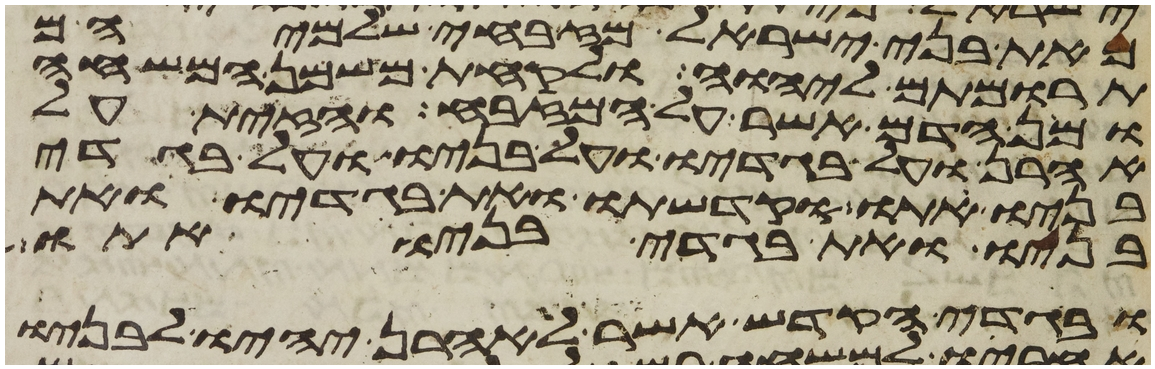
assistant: מאת בני ישראל מזבחי שלמיהם
תרומתם ליהוה ולקחת משמן המשחה
ומן הדם אשר על המזבח והזית על
אהרן ועל בגדיו ועל בניו ועל בגדי
בניו אתו וקדשתו ואת בגדיו ואת
בניו ואת בגדי בניו אתו
ובגדי הקדש אשר לאהרן יהיו לבניו